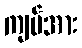
ကျပ်အား